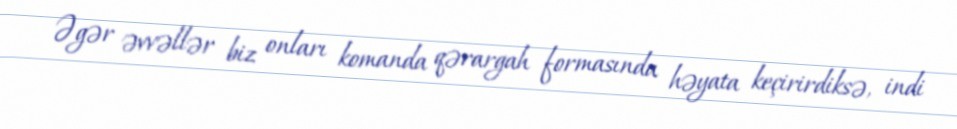
Əgər əvvəllər biz onları komanda qərargah formasında həyata keçirirdiksə, indi